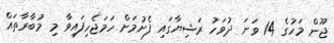
ޖޫން މަހުގެ 14 ވަނަ ދުވަހު ރަޝިޔާގައި ފެށުމަށް ހަމަޖެހިފައިވާ މި މުބާރާތައް